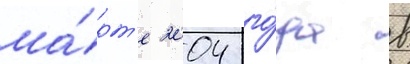
ма́рт'е 2004 го́да в